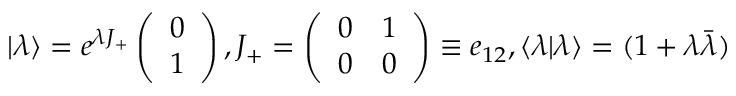
\vert \lambda \rangle = { e ^ { \lambda { J _ { + } } } } \left( \begin{array} { l } { { 0 } } \\ { { 1 } } \end{array} \right) , { J _ { + } } = \left( \begin{array} { l l } { { 0 } } & { { 1 } } \\ { { 0 } } & { { 0 } } \end{array} \right) \equiv { e _ { 1 2 } } , \langle \lambda \vert \lambda \rangle = ( 1 + { \lambda } { \bar { \lambda } } )